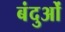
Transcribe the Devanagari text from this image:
बंदुओं